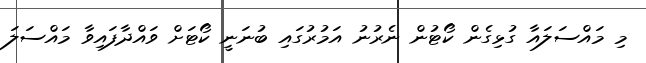
މި މައްސަލައާ ގުޅިގެން ކޯޓުން ނެރުނު އަމުރުގައި ބުނަނީ ކޯޓަށް ވައްދާފައިވާ މައްސަލަ